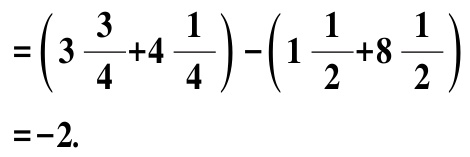
\(=\left(3\frac{3}{4}+4\frac{1}{4}\right)-\left(1\frac{1}{2}+8\frac{1}{2}\right)\)
\(=-2.\)